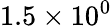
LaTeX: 1.5\times 10^{0}